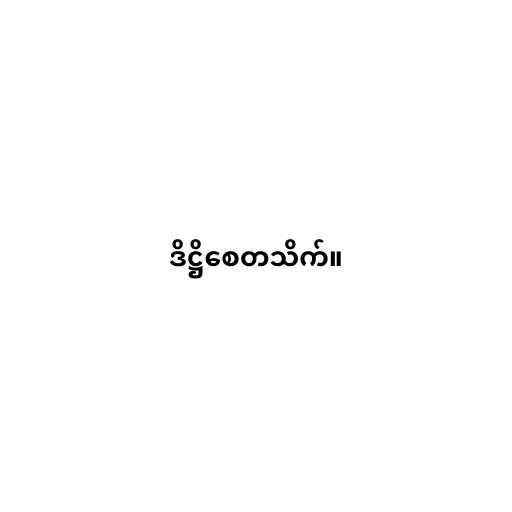
ဒိဋ္ဌိစေတသိက်။